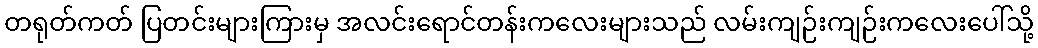
တရုတ်ကတ် ပြတင်းများကြားမှ အလင်းရောင်တန်းကလေးများသည် လမ်းကျဉ်းကျဉ်းကလေးပေါ်သို့